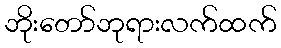
ဘိုးတော်ဘုရားလက်ထက်